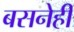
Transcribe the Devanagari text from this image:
बसनेही